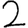
Digit: 2